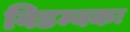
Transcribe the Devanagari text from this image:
विडम्बकः